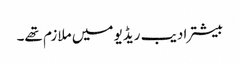
بیشتر ادیب ریڈیو میں ملازم تھے۔